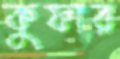
কুফার